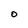
Character: O